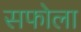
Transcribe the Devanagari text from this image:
सफोला